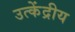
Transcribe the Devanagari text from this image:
उत्केंद्रीय